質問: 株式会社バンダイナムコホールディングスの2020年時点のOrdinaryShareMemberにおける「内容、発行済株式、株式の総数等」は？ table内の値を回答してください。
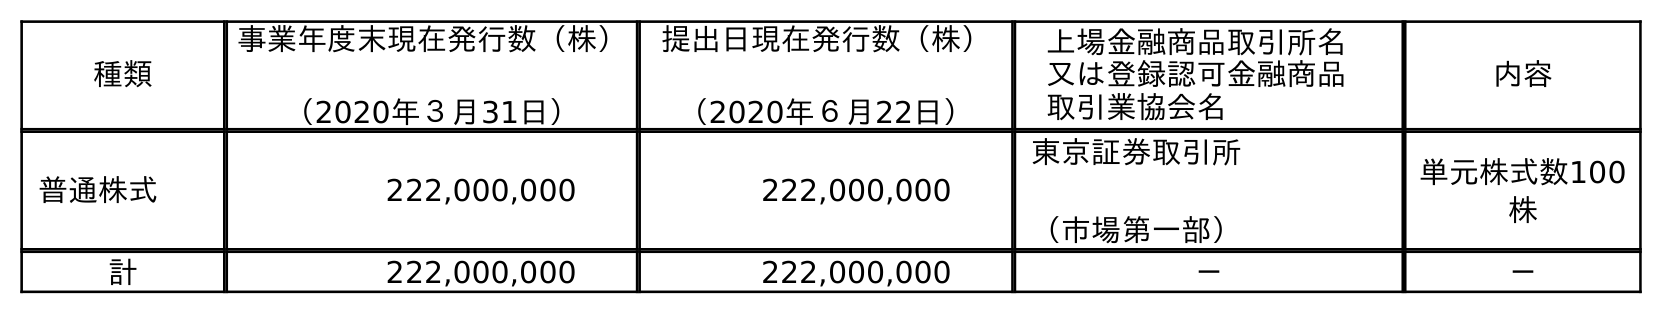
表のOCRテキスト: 種類 事業年度末現在発行数（株） （2020年３月31日） 提出日現在発行数（株） （2020年６月22日） 上場金融商品取引所名 又は登録認可金融商品 取引業協会名 内容 普通株式 222,000,000 222,000,000 東京証券取引所 （市場第一部） 単元株式数100 株 計 222,000,000 222,000,000 － －
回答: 単元株式数100株